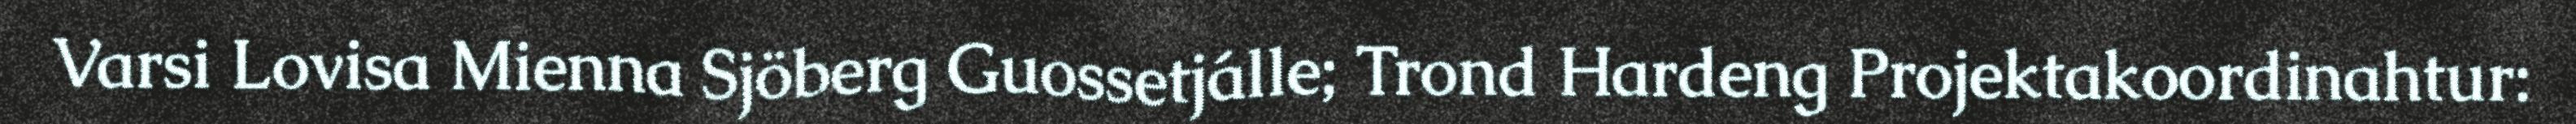
Varsi Lovisa Mienna Sjöberg Guossetjálle; Trond Hardeng Projektakoordinahtur: